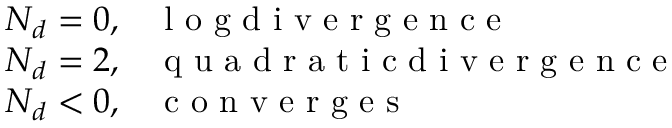
\begin{array} { l l } { N _ { d } = 0 , } & { \mathrm { ~ l ~ o ~ g ~ d ~ i ~ v ~ e ~ r ~ g ~ e ~ n ~ c ~ e ~ } } \\ { N _ { d } = 2 , } & { \mathrm { ~ q ~ u ~ a ~ d ~ r ~ a ~ t ~ i ~ c ~ d ~ i ~ v ~ e ~ r ~ g ~ e ~ n ~ c ~ e ~ } } \\ { N _ { d } < 0 , } & { \mathrm { ~ c ~ o ~ n ~ v ~ e ~ r ~ g ~ e ~ s ~ } } \end{array}